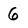
Character: 6